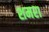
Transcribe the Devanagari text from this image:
शमरा